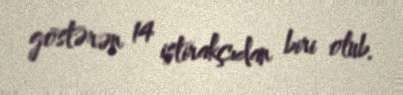
göstərən 14 iştirakçıdan biri olub.